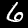
Label: 6